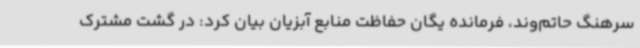
سرهنگ حاتم‌وند، فرمانده یگان حفاظت منابع آبزیان بیان کرد: در گشت مشترک